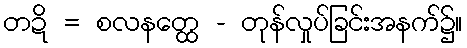
တဍိ = စလနတ္ထေ - တုန်လှုပ်ခြင်းအနက်၌။